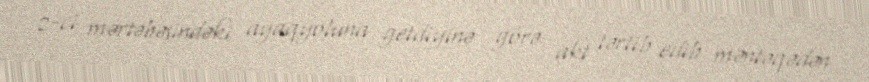
2-ci mərtəbəsindəki ayaqyoluna getdiyinə görə akt tərtib edib məntəqədən